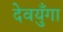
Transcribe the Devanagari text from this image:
देवयुँगा